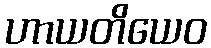
ဟာယတိယေဝ